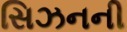
સિઝનની